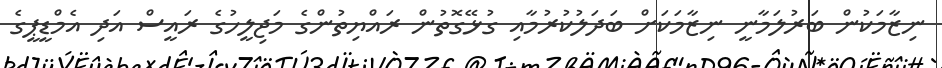
ނިޒާމަކުން ބަރުލަމާނީ ނިޒާމަކަަށް ބަދަލުކުރުމާއި ގުޅޭގޮތުން ރައްޔިތުންގެ މަޖިލީހުގެ ރައީސް އަދި އެމްޑީޕީގެ